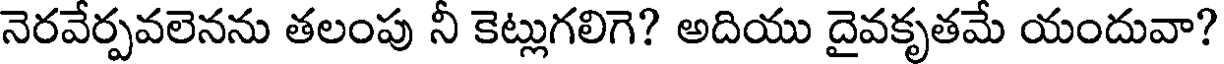
నెరవేర్పవలెనను తలంపు నీ కెట్లుగలిగె? అదియు దైవకృతమే యందువా?